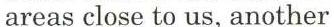
areas close to us, another